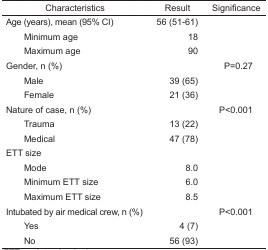
| Characteristics | Result | Significance |
 | --- | --- | --- |
 | Age (years), mean (95% CI) | 56 (51–61) |  |
 | Minimum age | 18 |  |
 | Maximum age | 90 |  |
 | Gender, n (%) |  | P=0.27 |
 | Male | 39 (65) |  |
 | Female | 21 (36) |  |
 | Nature of case, n (%) |  | P<0.001 |
 | Trauma | 13 (22) |  |
 | Medical | 47 (78) |  |
 | ETT size |  |  |
 | Mode | 8.0 |  |
 | Minimum ETT size | 6.0 |  |
 | Maximum ETT size | 8.5 |  |
 | Intubated by air medical crew, n (%) |  | P<0.001 |
 | Yes | 4 (7) |  |
 | No | 56 (93) |  |